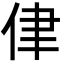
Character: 侓